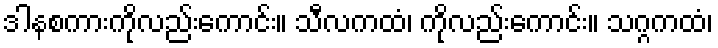
ဒါနစကားကိုလည်းကောင်း။ သီလကထံ၊ ကိုလည်းကောင်း။ သဂ္ဂကထံ၊